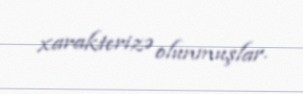
xarakterizə olunmuşlar.